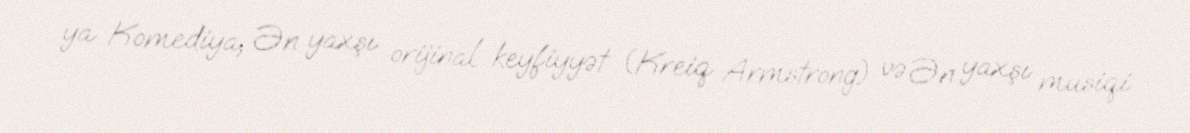
ya Komediya, Ən yaxşı orijinal keyfiyyət (Kreiq Armstrong) və Ən yaxşı musiqi